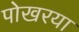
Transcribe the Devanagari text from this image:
पोखरया